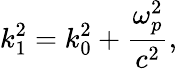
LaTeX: k_{1}^{2}=k_{0}^{2}+{\frac{\omega_{p}^{2}}{c^{2}}},